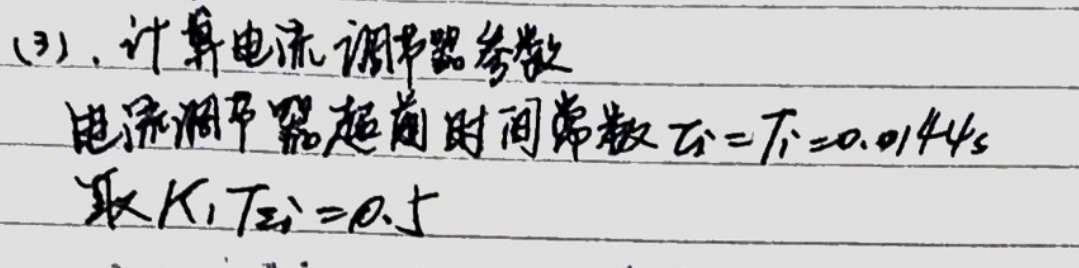
(3). 计算电流调节器参数
电流调节器超前时间常数 \(T_{\Sigma i}=T_{l}=0.0144s\)
取 \(K_{i}T_{\Sigma i}=0.5\)